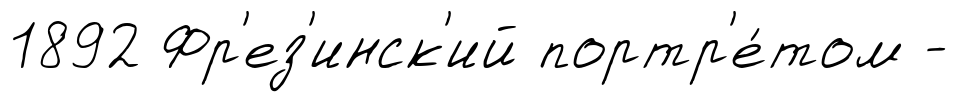
1892 Фр'ез'инск'ий портр'е́том -